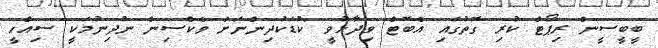
ބީބީސީން ރިޕޯޓް ކުރި ގޮތުގައި އެބޮޓް ވިދާޅުވީ "ކުޑަކުދިންނަށް ވެކްސިން ނުދިނުމަކީ ސިއްހީ